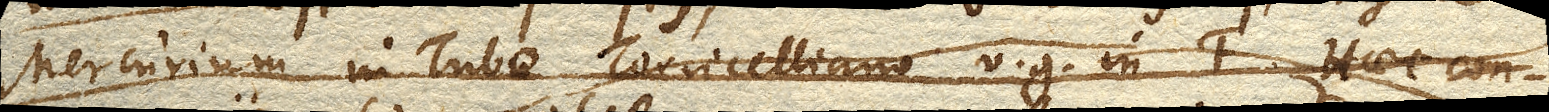
Mercurium in Tubo Torricelliano verbi gratia in F. Haec con–